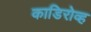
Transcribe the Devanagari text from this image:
काडिरोव्ह